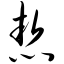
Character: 恝